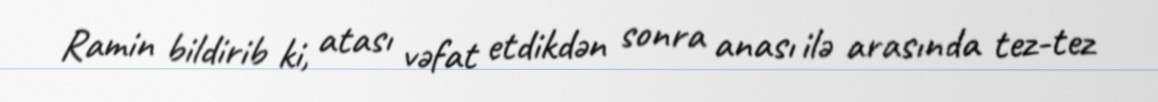
Ramin bildirib ki, atası vəfat etdikdən sonra anası ilə arasında tez-tez